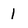
Character: I